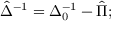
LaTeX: \hat { \Delta } ^ { - 1 } = \Delta _ { 0 } ^ { - 1 } - \hat { \Pi } ;